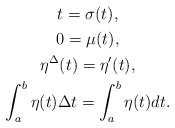
\begin{align*}\begin{gathered}t=\sigma(t),\\0=\mu(t),\\\eta^\Delta(t)=\eta'(t),\\\int_{a}^{b}\eta(t)\Delta t=\int_{a}^{b}\eta(t)dt.\end{gathered}\end{align*}